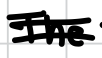
Text: The
Cross-out: mix
Writing tool: digital_black